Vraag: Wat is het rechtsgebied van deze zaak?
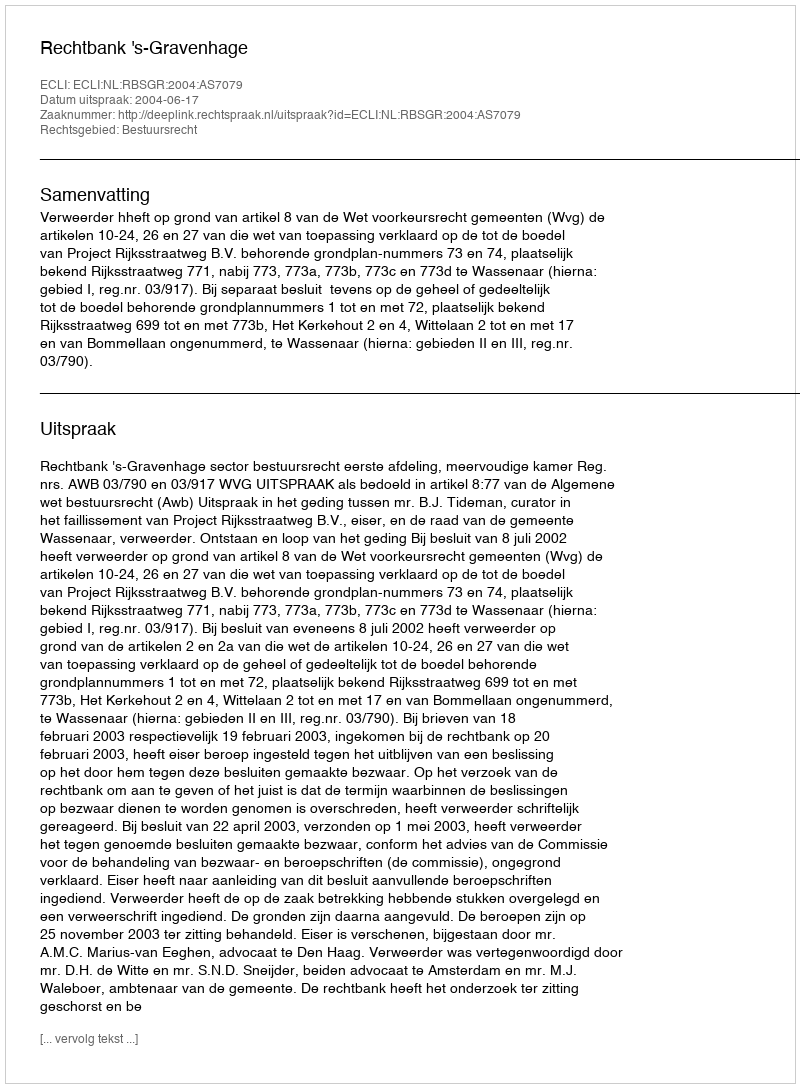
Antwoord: Bestuursrecht